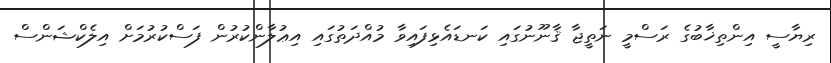
ރިޔާސީ އިންތިޚާބުގެ ރަސްމީ ނަތީޖާ ޤާނޫނުގައި ކަނޑައެޅިފައިވާ މުއްދަތުގައި އިޢުލާންކުރުން ފަސްކުރުމަށް އިލެކްޝަންސް